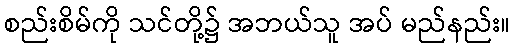
စည်းစိမ်ကို သင်တို့၌ အဘယ်သူ အပ် မည်နည်း။